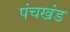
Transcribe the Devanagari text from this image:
पंचखंड